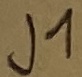
Text: J1